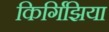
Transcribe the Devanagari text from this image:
किर्गिझिया